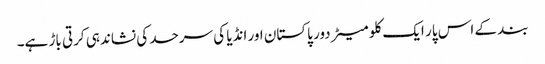
بند کے اس پار ایک کلو میٹر دور پاکستان اور انڈیا کی سرحد کی نشاندہی کرتی باڑ ہے۔